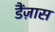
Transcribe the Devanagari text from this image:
डैंज़ास